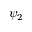
\psi _ { 2 }